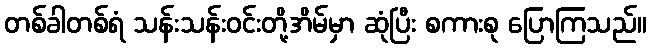
တစ်ခါတစ်ရံ သန်းသန်းဝင်းတို့အိမ်မှာ ဆုံပြီး စကားစု ပြောကြသည်။